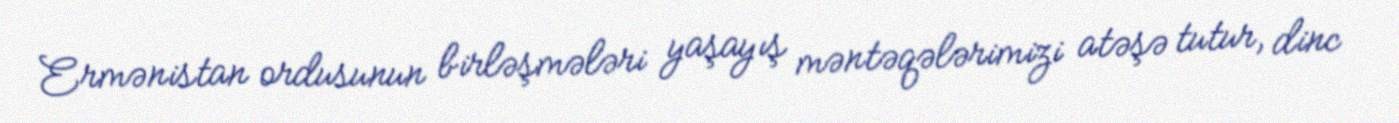
Ermənistan ordusunun birləşmələri yaşayış məntəqələrimizi atəşə tutur, dinc